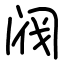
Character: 阀